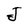
Character: J